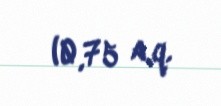
(0,75 a.q.